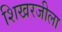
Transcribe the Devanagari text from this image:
शिखरजीला